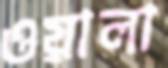
ওয়ালা